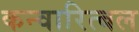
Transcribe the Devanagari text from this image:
कन्वारित्बल